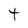
Character: t